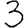
Digit: 3